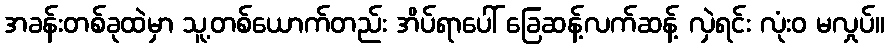
အခန်းတစ်ခုထဲမှာ သူ့တစ်ယောက်တည်း အိပ်ရာပေါ် ခြေဆန့်လက်ဆန့် လှဲရင်း လုံးဝ မလှုပ်။